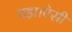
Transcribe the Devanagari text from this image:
पड़ा।ऐसी